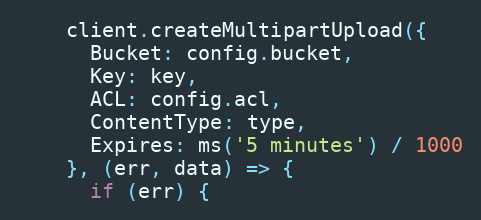
Language: JavaScript
    client.createMultipartUpload({
      Bucket: config.bucket,
      Key: key,
      ACL: config.acl,
      ContentType: type,
      Expires: ms('5 minutes') / 1000
    }, (err, data) => {
      if (err) {